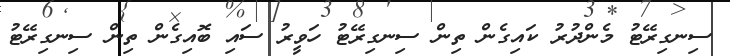
ސިނގިރޭޓު މެންދުރު ކައިގެން ތިން ސިނގިރޭޓު ހަވީރު ސައި ބޮއިގެން ތިން ސިނގިރޭޓު